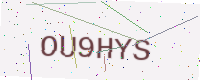
Text: OU9HYS